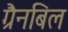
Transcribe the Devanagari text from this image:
ग्रैनबिल